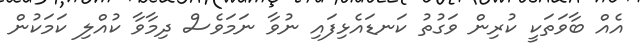
އެއް ބާވަތަކީ ކުރިން ވަގުތު ކަނޑައެޅިފައި ނުވާ ނަމަވެސް ދިމާވާ ކުއްލި ކަމަކުން